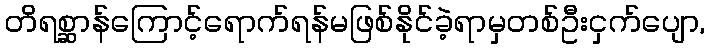
တိရစ္ဆာန်ကြောင့်ရောက်ရန်မဖြစ်နိုင်ခဲ့ရာမှတစ်ဦးငှက်ပျော,